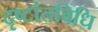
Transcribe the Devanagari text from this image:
दृष्टांतविधि